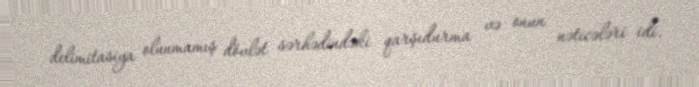
delimitasiya olunmamış dövlət sərhədindəki qarşıdurma və onun nəticələri idi.